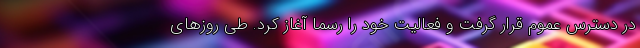
در دسترس عموم قرار گرفت و فعالیت خود را رسما آغاز کرد. طی روزهای